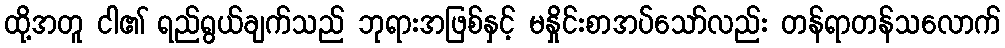
ထို့အတူ ငါ၏ ရည်ရွယ်ချက်သည် ဘုရားအဖြစ်နှင့် မနှိုင်းစာအပ်သော်လည်း တန်ရာတန်သလောက်